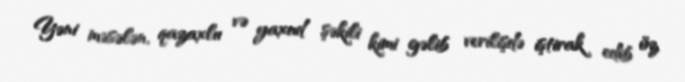
Yəni məsələn, qazaxlıı və yaxud şəkili kimi gəlib verilişdə iştirak edib öz